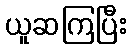
ယူဆကြပြီး